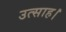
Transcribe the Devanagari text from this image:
उत्‍साह।